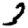
Digit: 3